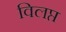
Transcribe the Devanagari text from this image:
विलप्त